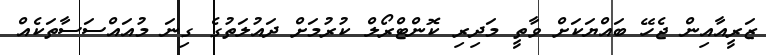
ޒަރީއާއިން ޖެހޭ ބައްޔަކަށް ވާތީ މަދިރި ކޮންޓްރޯލް ކުރުމަށް ދައުލަތުގެ ގިނަ މުއައްސަސާތަކެއް